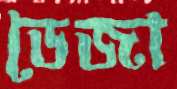
ডেজা